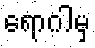
ရောဂါမှ